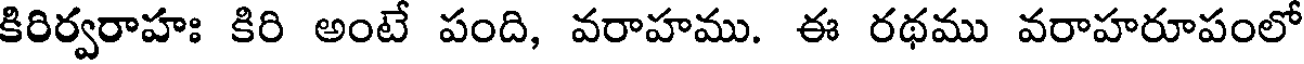
కిరిర్వరాహః కిరి అంటే పంది, వరాహము. ఈ రథము వరాహరూపంలో